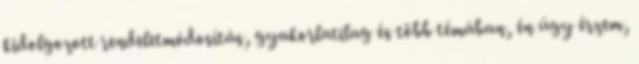
kidolgozott rendeletmódosítás, gyakorlatilag és több témában, én úgy érzem,